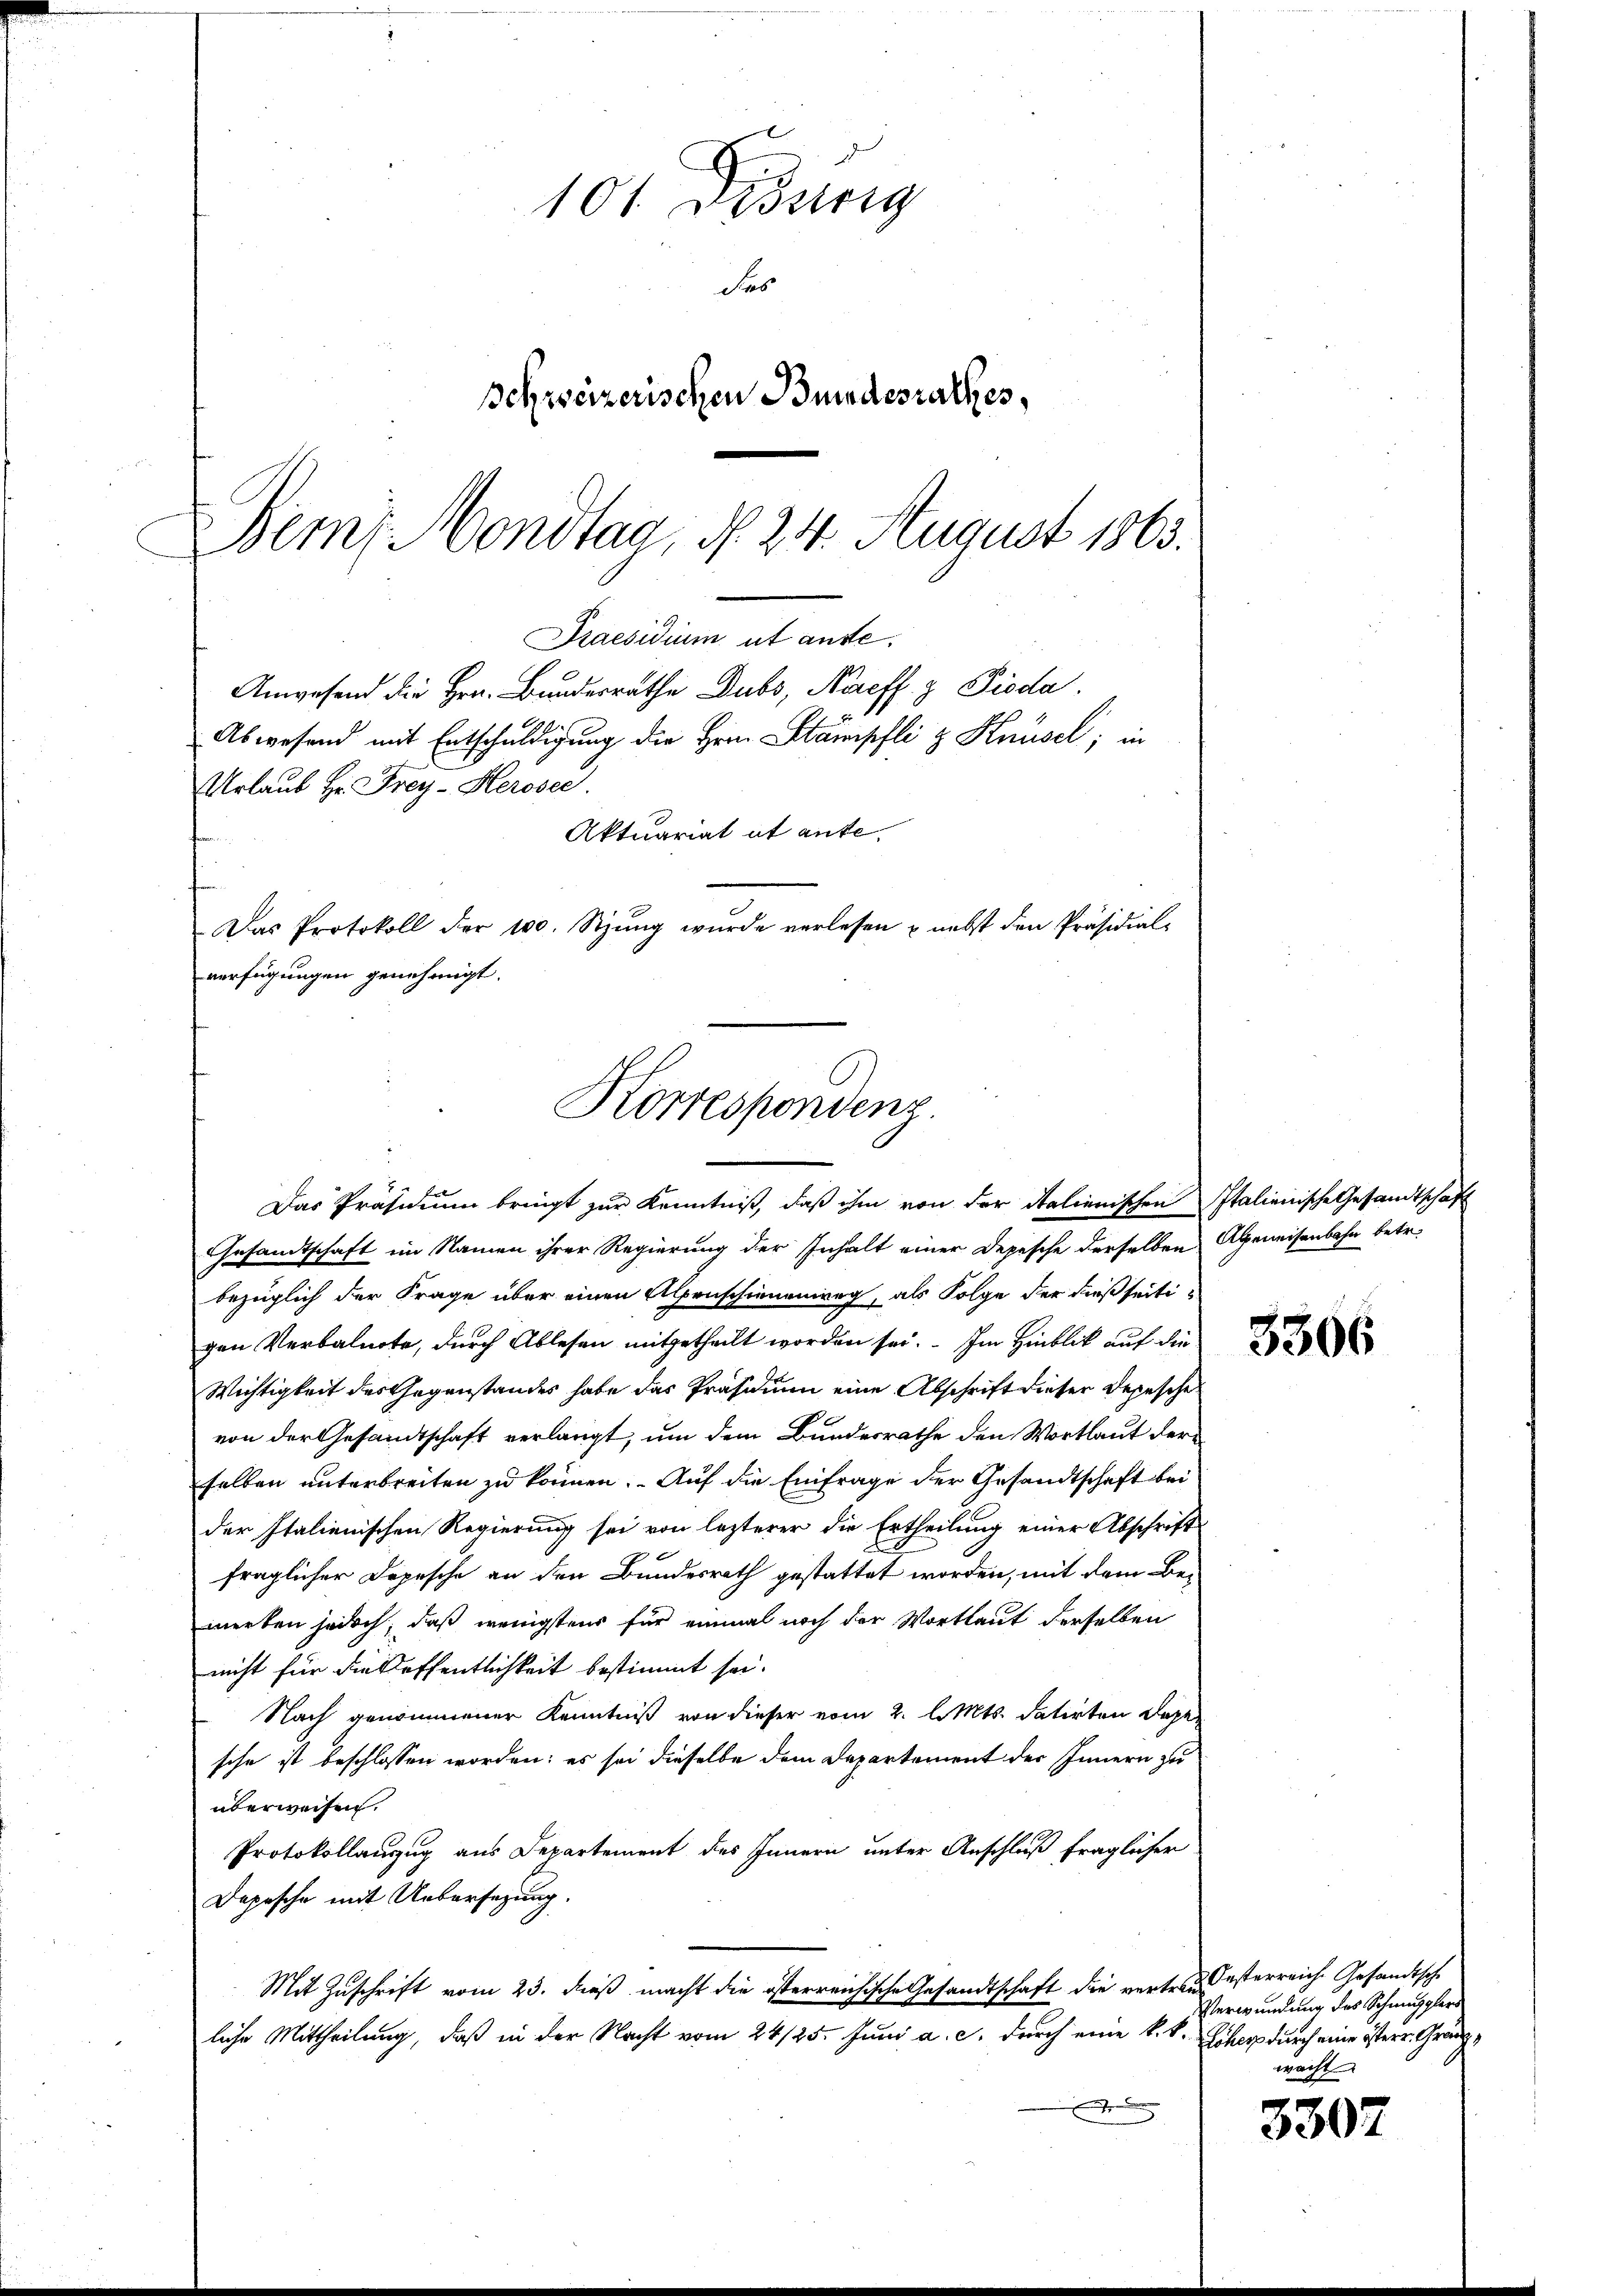
Praesidium ut ause.
Anwesend die Hrn. Bundesrathe Dubs, Nereff z Pioda
Urlaub Hr. Frey-Herosec.
Aktuariat it anfe
f
Das Protokoll der 100. Sitzŭng wurde verlesen & nebst den Präsidial-
verfügungen genehmigt.
Korrespondenz.

101. Disserg
des
schweizerischen Bundesrathes,
Bem, Mondtag, d. 24. August 1863.

Das Präsidium bringt zur Kenntniß, daß ihm von der Italienischen Italienische Gesandtschaft
Gesandtschaft im Namen ihrer Regierung der Inhalt einer Depesche derselben Abeneisenbahn betr.
bezüglich der Frage über einen Alpenschienenweg, als Folge der dießseitigen Verbalnote, durch Ablesen mitgetheilt worden sei. Im Hinblick auf die
Wichtigkeit des Gegenstandes habe das Präsidium eine Abschrift dieser Depesche
von der Gesandtschaft verlangt, um dem Bundesrathe den Wortlaut der
selben unterbreiten zu können. Auf die Einfrage der Gesandtschaft bei
der Italienischen Regierung sei von lezterer die Ertheilung einer Abschrift
fraglicher Depesche an den Bundesrath gestattet worden, mit dem Be-
merken jedoch, daß wenigstens für einmal noch der Wortlaut derselben
nicht für die Löffentlichkeit bestimmt sei.
Nach genommener Kenntniß von dieser vom 2. l. Mts. datirten Depe
sche ist beschlossen worden: es sei dieselbe dem Departement des Innern zu
überweisen.
Protokollanzug aus Departement des Innern unter Anschluß fraglicher
Depesche mit Uebersezung.
Mit Zuschrift vom 23. dieß macht die österreichische Gesandtschaft die vertreuesterreiche Gesandtsche
liche Mittheilung, daß in der Nacht vom 24/25. Juni a. c. durch eine k. k. Scher durch eine österr. Gränz¬
.

Abwesend mit Entschuldigung die Hrn. Stämpfli & Knüsel; in

3306

3307

Verwundung des Schmugglern
wacht